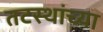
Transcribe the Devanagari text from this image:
तटस्थांच्या